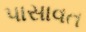
પાસાવત